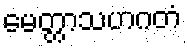
မေတ္တာသဟဂတံ